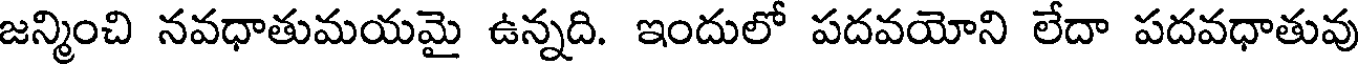
జన్మించి నవధాతుమయమై ఉన్నది. ఇందులో పదవయోని లేదా పదవధాతువు